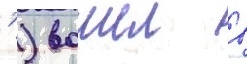
' ) вошел в